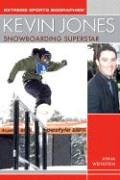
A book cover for Kevin Jones: Snowboarding Superstar (Extreme Sports); Anna Weinstein; Sports & Outdoors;